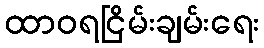
ထာဝရငြိမ်းချမ်းရေး